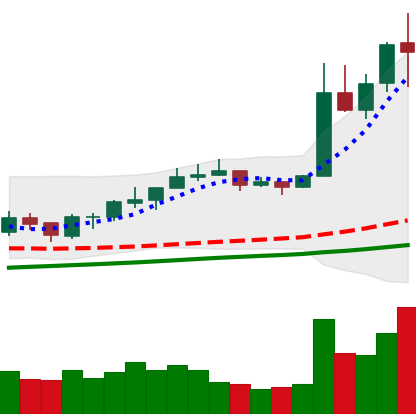
Ticker: NEO-USD
Chart end date: 2019-06-26
Forward return: -12.195%
Label: down_7plus